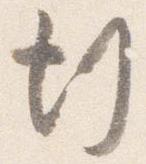
行